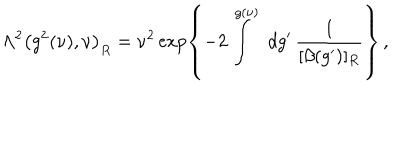
\Lambda ^ { 2 } \left( g ^ { 2 } ( \nu ) , \nu \right) _ { R } = \nu ^ { 2 } \exp \left\{ - 2 \int ^ { g ( \nu ) } \, \, d g ^ { \prime } \, \frac { 1 } { [ \beta ( g ^ { \prime } ) ] _ { R } } \right\} \, ,